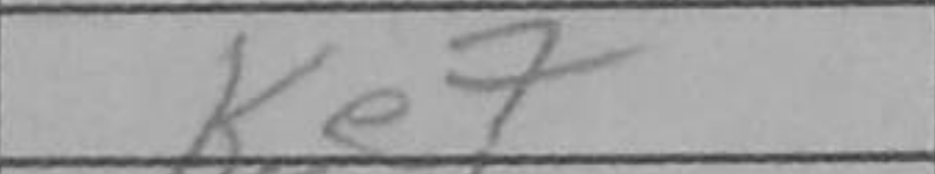
Transcription: Ke7